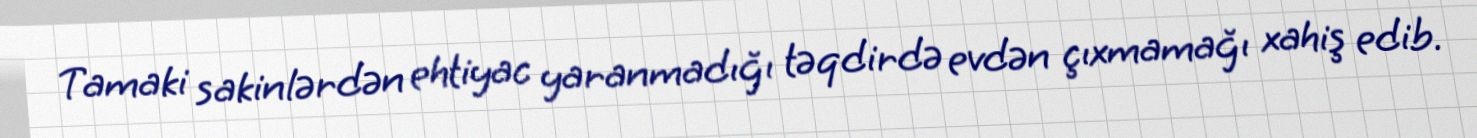
Tamaki sakinlərdən ehtiyac yaranmadığı təqdirdə evdən çıxmamağı xahiş edib.